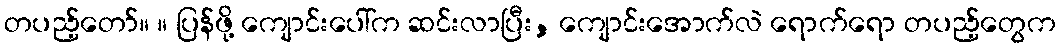
တပည့်တော်။ ။ ပြန်ဖို့ ကျောင်းပေါ်က ဆင်းလာပြီး, ကျောင်းအောက်လဲ ရောက်ရော တပည့်တွေက